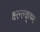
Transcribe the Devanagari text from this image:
क्ष्ल्ल्क्ष्म